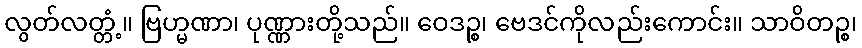
လွတ်လတ္တံ့။ ဗြဟ္မဏာ၊ ပုဏ္ဏားတို့သည်။ ဝေဒဉ္စ၊ ဗေဒင်ကိုလည်းကောင်း။ သာဝိတဉ္စ၊